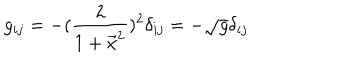
g _ { i j } = - ( { \frac { 2 } { 1 + \vec { x } ^ { 2 } } } ) ^ { 2 } \delta _ { i j } = - \sqrt g \delta _ { i j }